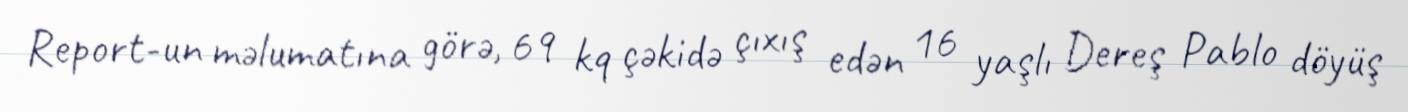
Report-un məlumatına görə, 69 kq çəkidə çıxış edən 16 yaşlı Dereş Pablo döyüş